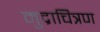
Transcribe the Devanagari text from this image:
मुद्राचित्रण